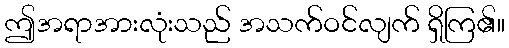
ဤအရာအားလုံးသည် အသက်ဝင်လျက် ရှိကြ၏။